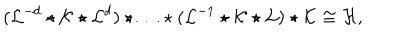
( { \cal L } ^ { - d } \star { \cal K } \star { \cal L } ^ { d } ) \star \ldots \star ( { \cal L } ^ { - 1 } \star \cal { K } \star \cal { L } ) \star \cal { K } \cong { \cal H } ,